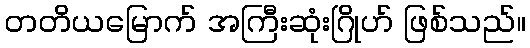
တတိယမြောက် အကြီးဆုံးဂြိုဟ် ဖြစ်သည်။